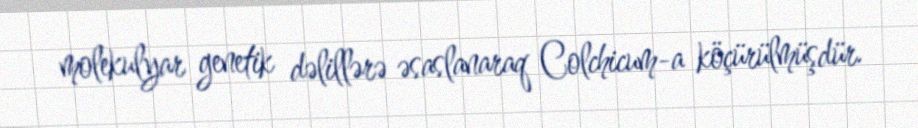
molekulyar genetik dəlillərə əsaslanaraq Colchicum-a köçürülmüşdür.